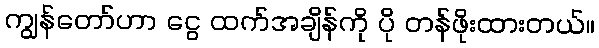
ကျွန်တော်ဟာ ငွေ ထက်အချိန်ကို ပို တန်ဖိုးထားတယ်။